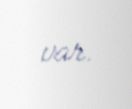
var.